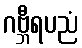
ဂဗ္ဘီရပညံ